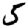
Digit: 5